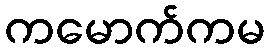
ကမောက်ကမ